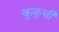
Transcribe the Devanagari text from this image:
कुकुची